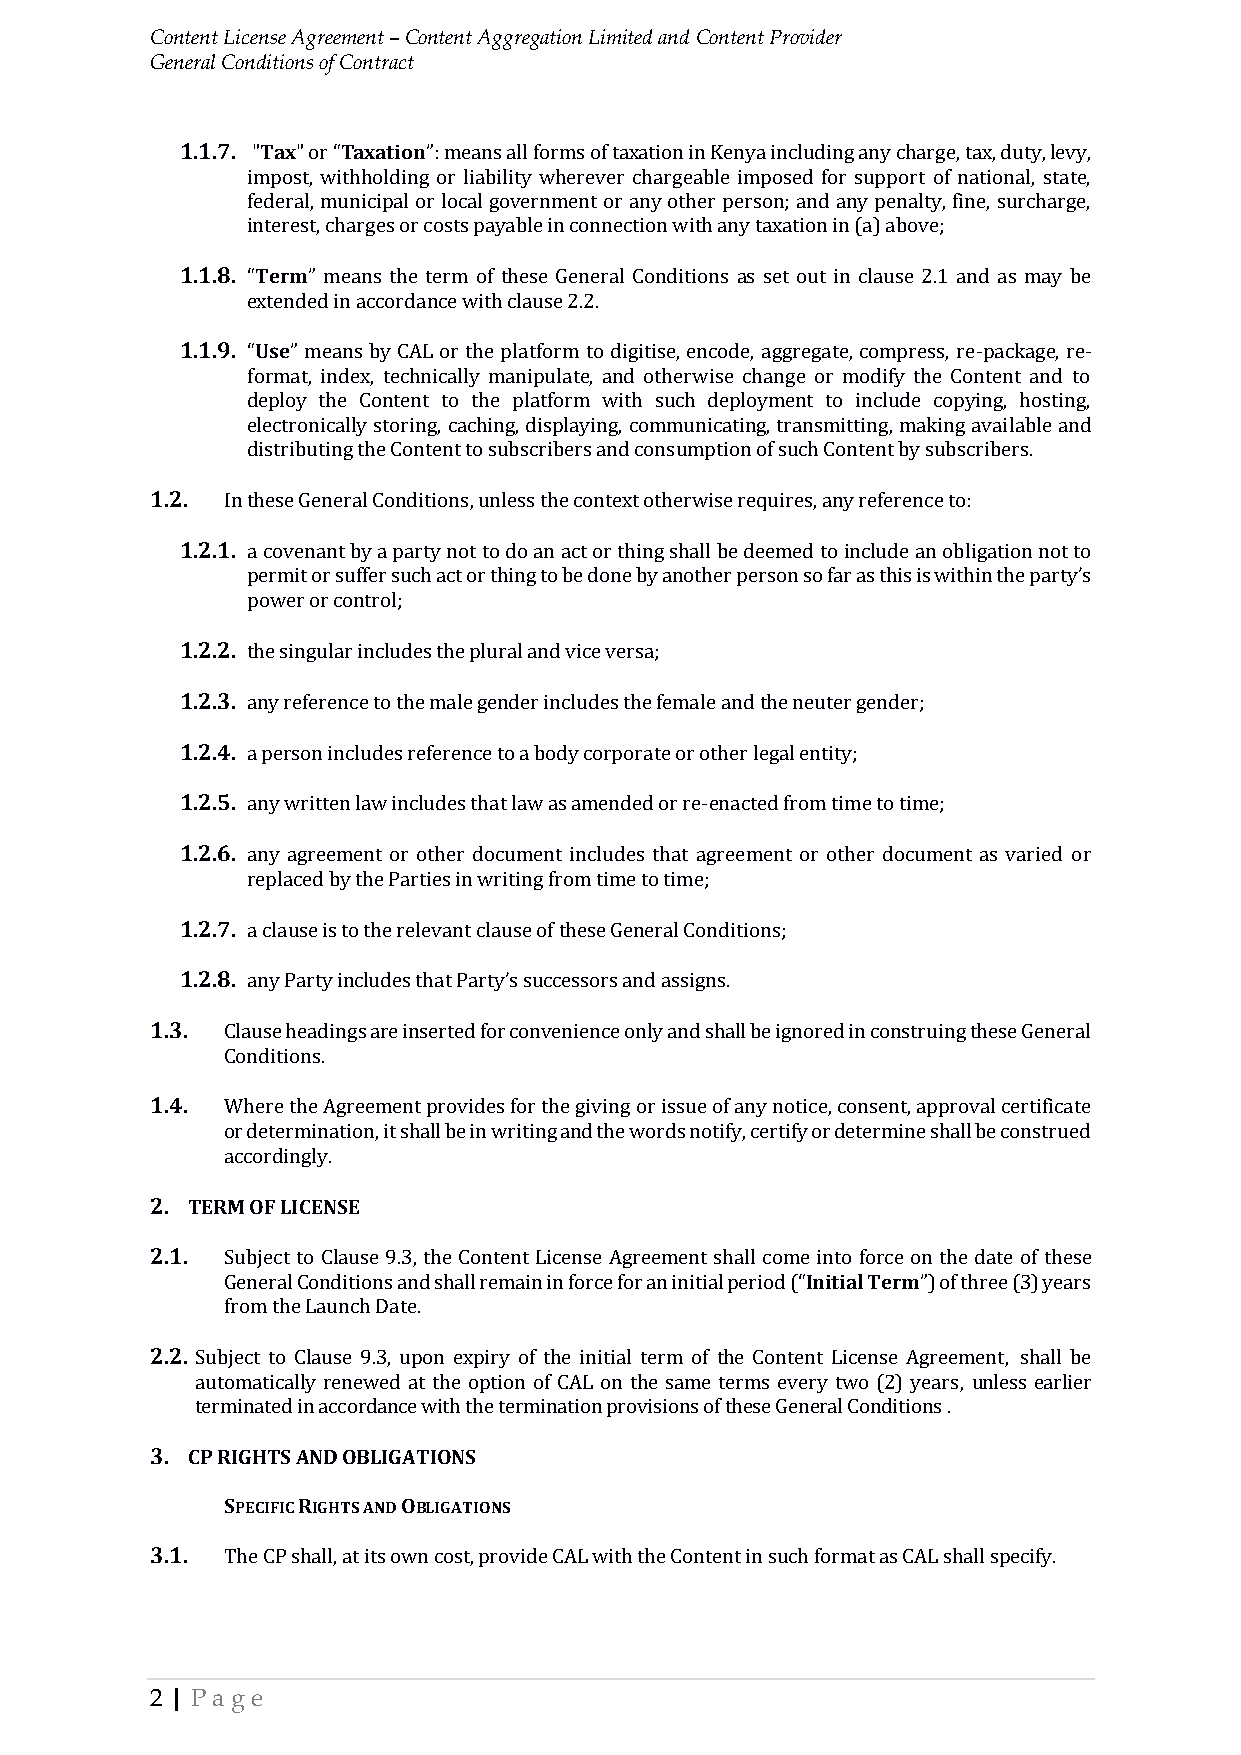
Content License Agreement – Content Aggregation Limited and Content Provider
 General Conditions of Contract
 1.1.7. "Tax" or “Taxation”: means all forms of taxation in Kenya including any charge, tax, duty, levy,
 impost, withholding or liability wherever chargeable imposed for support of national, state,
 federal, municipal or local government or any other person; and any penalty, fine, surcharge,
 interest, charges or costs payable in connection with any taxation in (a) above;
 1.1.8. “Term” means the term of these General Conditions as set out in clause 2.1 and as may be
 extended in accordance with clause 2.2.
 1.1.9. “Use” means by CAL or the platform to digitise, encode, aggregate, compress, re-package, re-
 format, index, technically manipulate, and otherwise change or modify the Content and to
 deploy the Content to the platform with such deployment to include copying, hosting,
 electronically storing, caching, displaying, communicating, transmitting, making available and
 distributing the Content to subscribers and consumption of such Content by subscribers.
 1.2. In these General Conditions, unless the context otherwise requires, any reference to:
 1.2.1. a covenant by a party not to do an act or thing shall be deemed to include an obligation not to
 permit or suffer such act or thing to be done by another person so far as this is within the party’s
 power or control;
 1.2.2. the singular includes the plural and vice versa;
 1.2.3. any reference to the male gender includes the female and the neuter gender;
 1.2.4. a person includes reference to a body corporate or other legal entity;
 1.2.5. any written law includes that law as amended or re-enacted from time to time;
 1.2.6. any agreement or other document includes that agreement or other document as varied or
 replaced by the Parties in writing from time to time;
 1.2.7. a clause is to the relevant clause of these General Conditions;
 1.2.8. any Party includes that Party’s successors and assigns.
 1.3. Clause headings are inserted for convenience only and shall be ignored in construing these General
 Conditions.
 1.4. Where the Agreement provides for the giving or issue of any notice, consent, approval certificate
 or determination, it shall be in writing and the words notify, certify or determine shall be construed
 accordingly.
 2. TERM OF LICENSE
 2.1. Subject to Clause 9.3, the Content License Agreement shall come into force on the date of these
 General Conditions and shall remain in force for an initial period (“Initial Term”) of three (3) years
 from the Launch Date.
 2.2. Subject to Clause 9.3, upon expiry of the initial term of the Content License Agreement, shall be
 automatically renewed at the option of CAL on the same terms every two (2) years, unless earlier
 terminated in accordance with the termination provisions of these General Conditions .
 3. CP RIGHTS AND OBLIGATIONS
 SPECIFIC RIGHTS AND OBLIGATIONS
 3.1. The CP shall, at its own cost, provide CAL with the Content in such format as CAL shall specify.
 2 | Pa ge